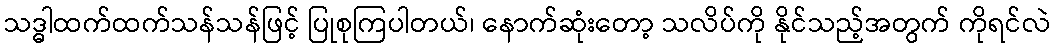
သဒ္ဓါထက်ထက်သန်သန်ဖြင့် ပြုစုကြပါတယ်၊ နောက်ဆုံးတော့ သလိပ်ကို နိုင်သည့်အတွက် ကိုရင်လဲ